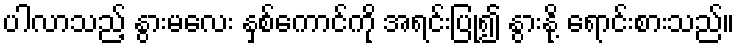
ပါလာသည့် နွားမလေး နှစ်ကောင်ကို အရင်းပြု၍ နွားနို့ ရောင်းစားသည်။